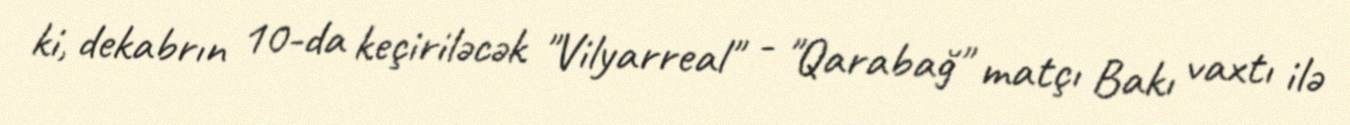
ki, dekabrın 10-da keçiriləcək "Vilyarreal" - "Qarabağ" matçı Bakı vaxtı ilə